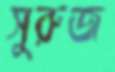
সুরুজ